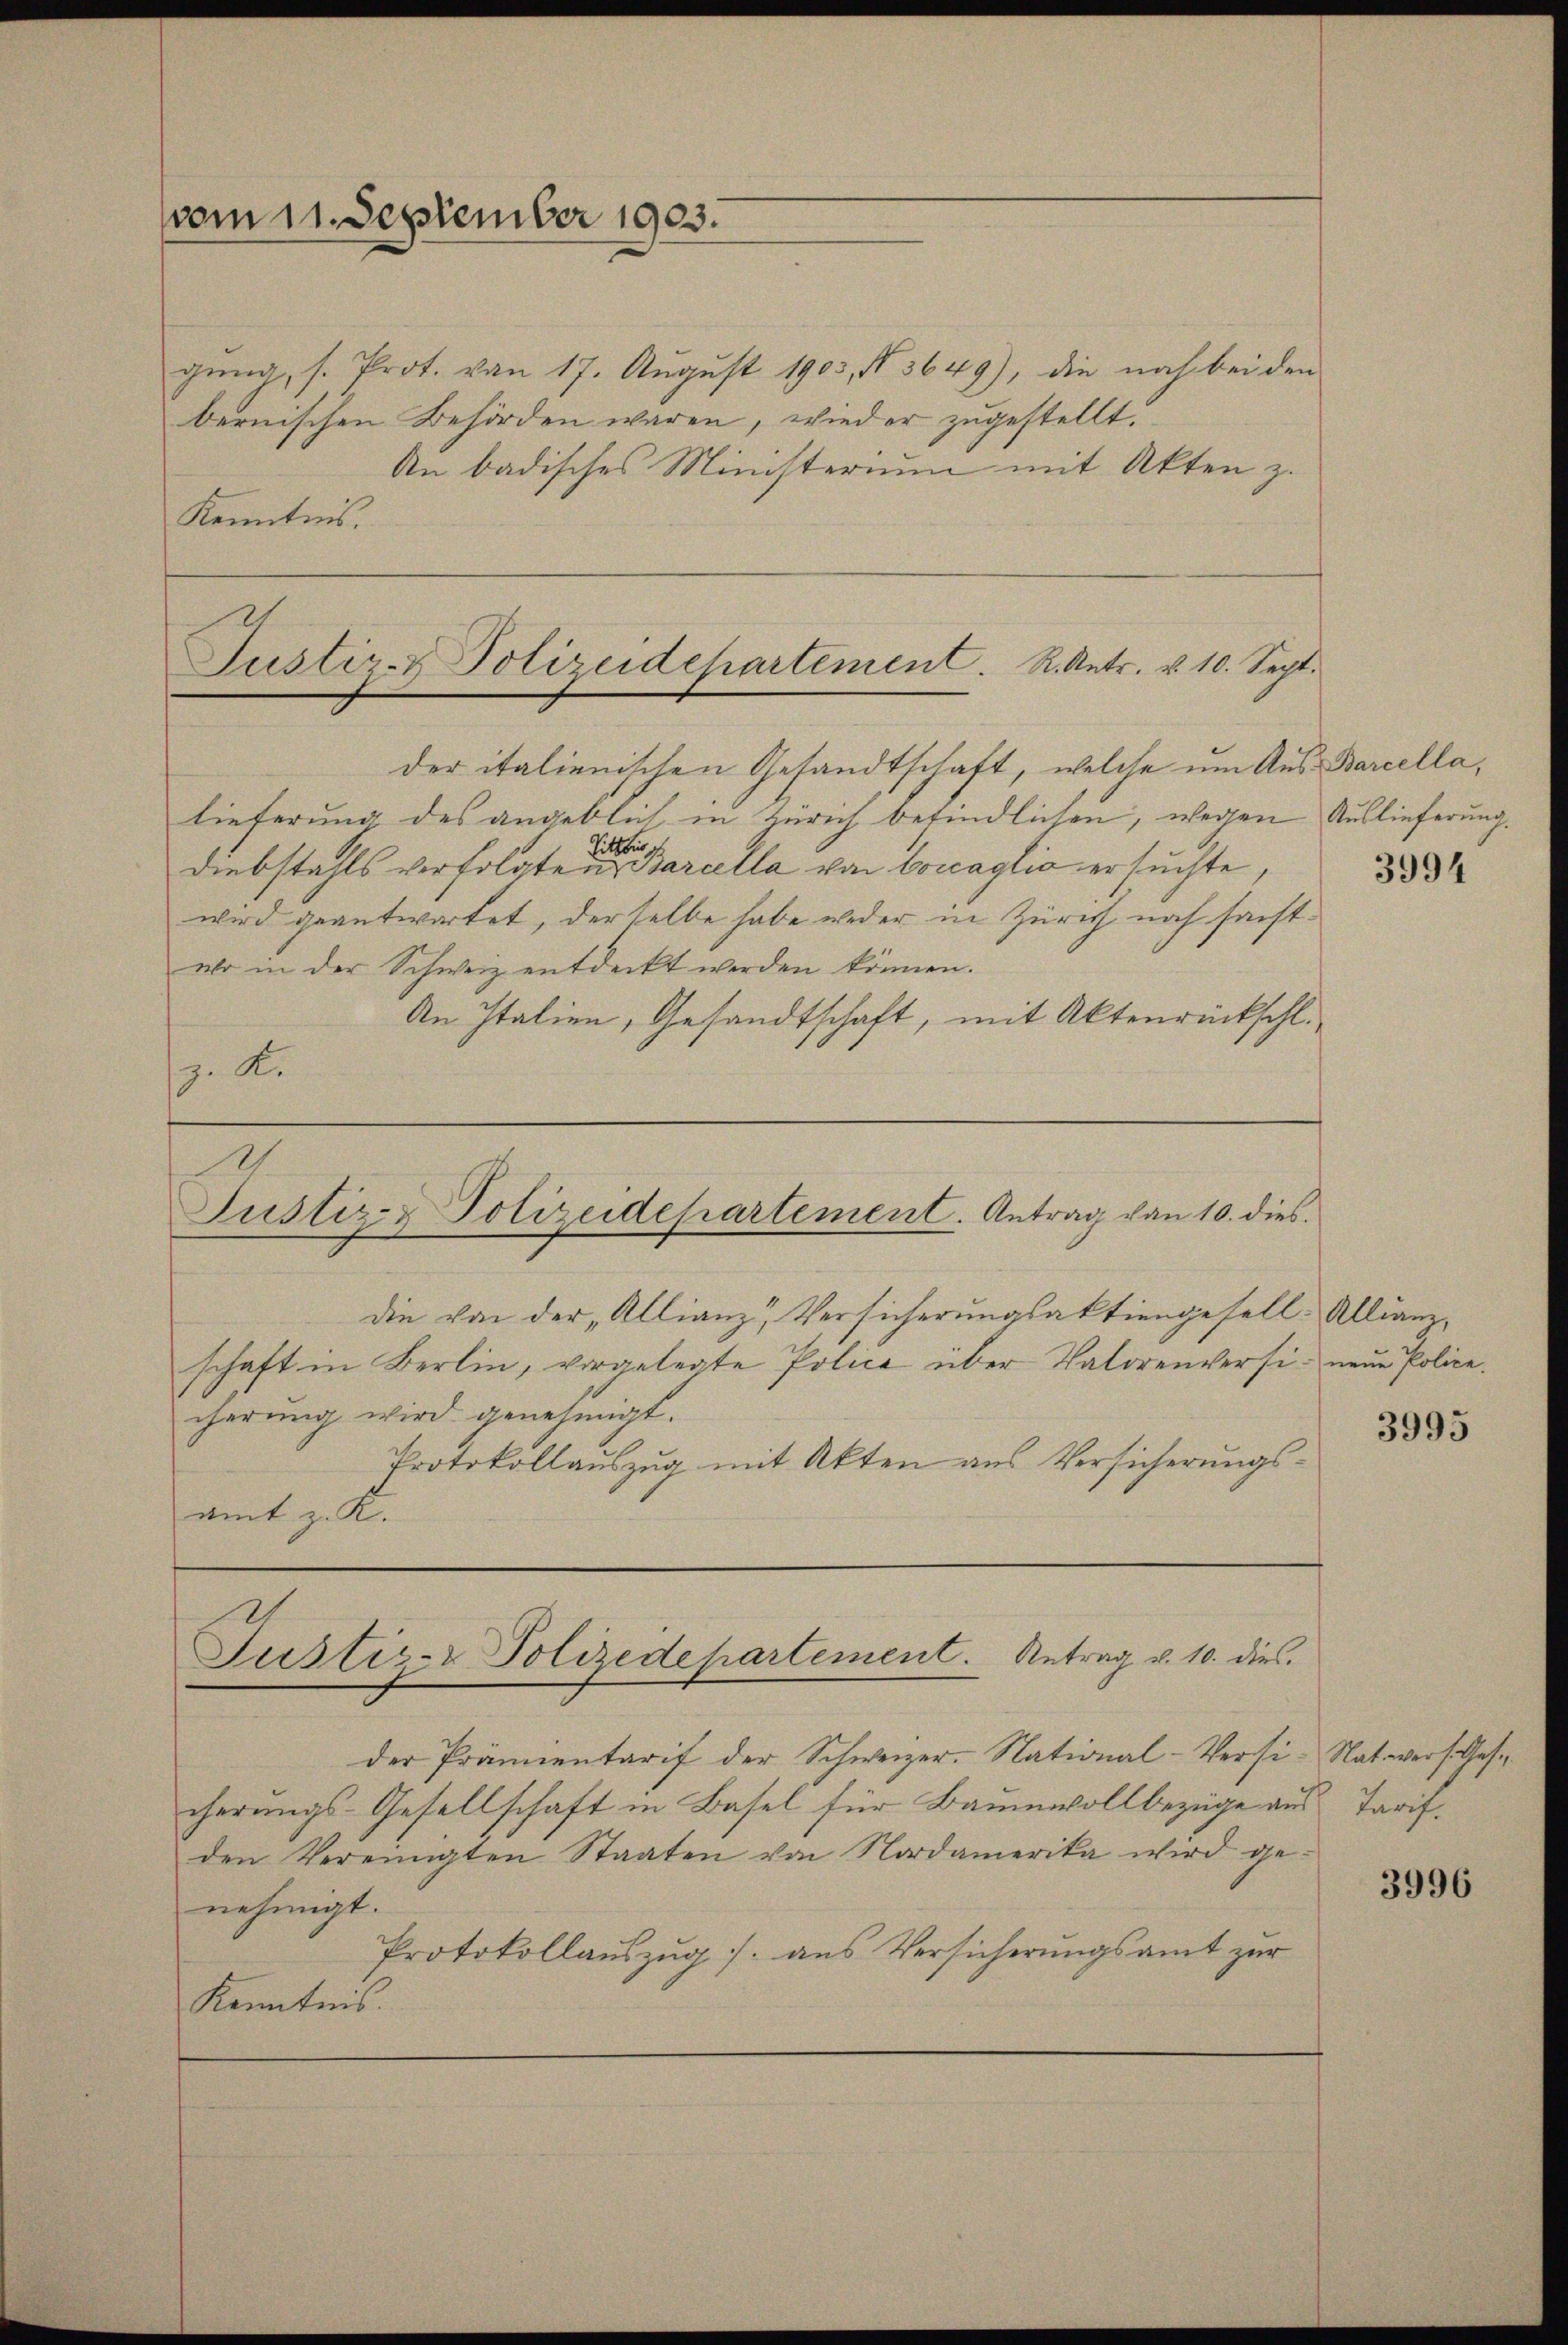
vom 11. September 1903.

gŭng, s. Prot. von 17. Aŭgŭst 1903, No 3649), die noch bei den
bernischen Behörden waren, wieder zugestellt.
An badisches Ministerium mit Akten z.
Kenntnis.

Justiz- & Polizeidepartement. R. Antr. v. 10. Sept.

der italienischen Gesandtschaft, welche um Aus Barcellalieferung des angeblich in Zürich befindlichen, wegen Auslieferung.
Sitt bis ich
Diebstahls verfolgten Barcella von bonaglio ersuchte,
wird geantwortet, derselbe habe weder in Zürich noch sanstelo in der Schweiz entdeckt werden können.
An Italien, Gesandtschaft, mit Aktenrückschl.
z. R.

Justiz- & Polizeidepartement. Antrag von 10. dies
die von der „Allianz, Versicherungsaktiengesell-Allianz¬

schaft in Berlin, vorgelegte Police über Vatorenversi- neŭe Policecherung wird genehmigt.
Protokollauszug mit Akten aus Versicherungsamt z. K.

Justiz- Polizedepartement. Antrag v. 10. dies

der Prämientarif der Schweizer-National-Versi-Nat wer Gese
cherungs-Gesellschaft in Basel für Baumwollbezüge aus Tarifden Vereinigten Staaten von Nordamerika wird ge-
nehmigt.
Protokollauszug aus Versicherungsamt zur
Kenntnis.

3994

3995

3996